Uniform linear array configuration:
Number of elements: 12
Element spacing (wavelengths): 0.25
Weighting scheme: blackman
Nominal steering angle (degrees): -60
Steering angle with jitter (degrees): -60.696
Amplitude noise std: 0.05
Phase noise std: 0.05

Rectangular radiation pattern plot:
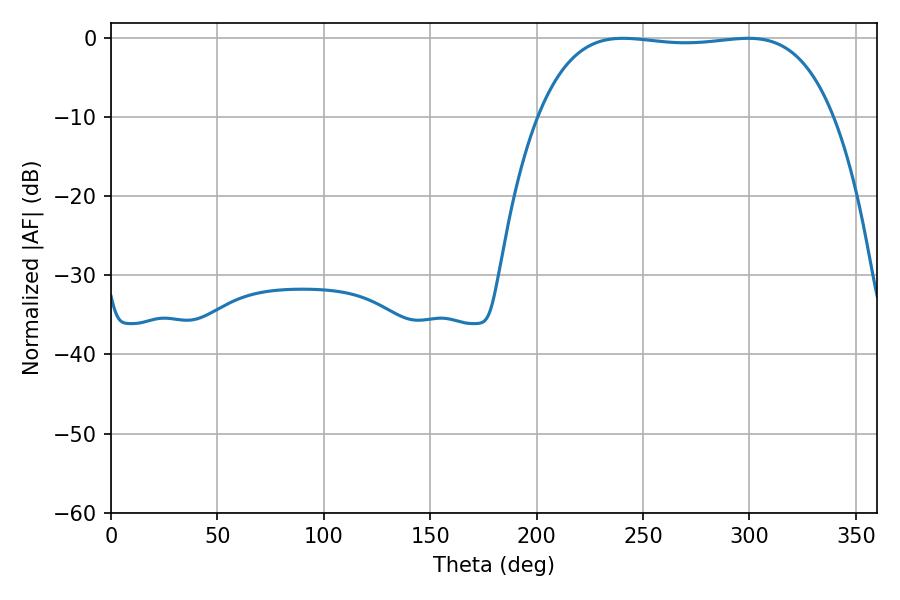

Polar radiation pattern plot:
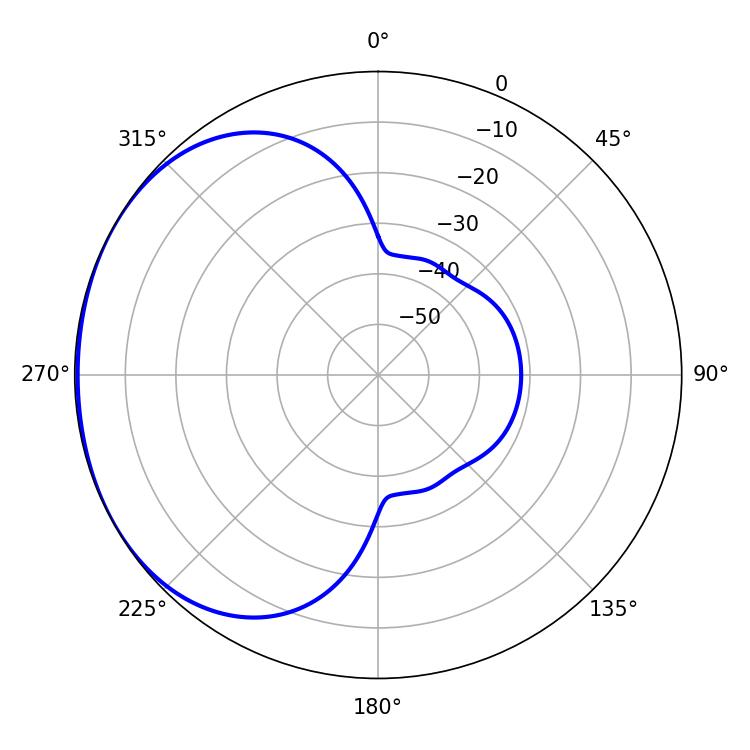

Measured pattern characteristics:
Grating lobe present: FALSE
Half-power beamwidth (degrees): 109.44
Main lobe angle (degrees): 240.66